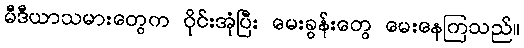
မီဒီယာသမားတွေက ဝိုင်းအုံပြီး မေးခွန်းတွေ မေးနေကြသည်။